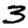
Digit: 3